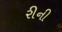
રીની